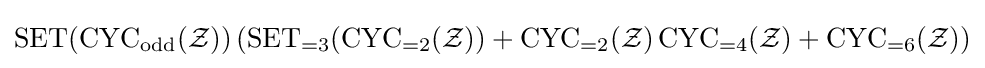
\operatorname {SET} (\operatorname {CYC} _{\operatorname {odd} }({\mathcal {Z}}))\left(\operatorname {SET} _{=3}(\operatorname {CYC} _{=2}({\mathcal {Z}}))+\operatorname {CYC} _{=2}({\mathcal {Z}})\operatorname {CYC} _{=4}({\mathcal {Z}})+\operatorname {CYC} _{=6}({\mathcal {Z}})\right)